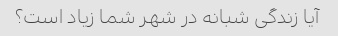
آیا زندگی شبانه در شهر شما زیاد است؟